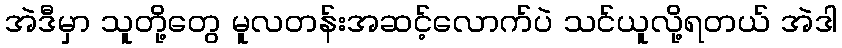
အဲဒီမှာ သူတို့တွေ မူလတန်းအဆင့်လောက်ပဲ သင်ယူလို့ရတယ် အဲဒါ